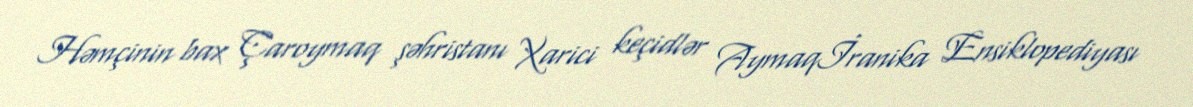
Həmçinin bax Çaroymaq şəhristanı Xarici keçidlər Aymaqİranika Ensiklopediyası